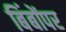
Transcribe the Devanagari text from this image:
बिंबोंपर